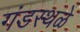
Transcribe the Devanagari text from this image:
गंडस्थळे